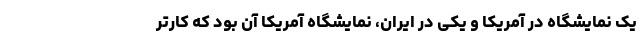
یک نمایشگاه در آمریکا و یکی در ایران، نمایشگاه آمریکا آن بود که کارتر